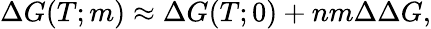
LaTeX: \Delta G(T;m)\approx\Delta G(T;0)+nm\Delta\Delta G,